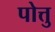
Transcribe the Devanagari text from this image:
पोत्तु